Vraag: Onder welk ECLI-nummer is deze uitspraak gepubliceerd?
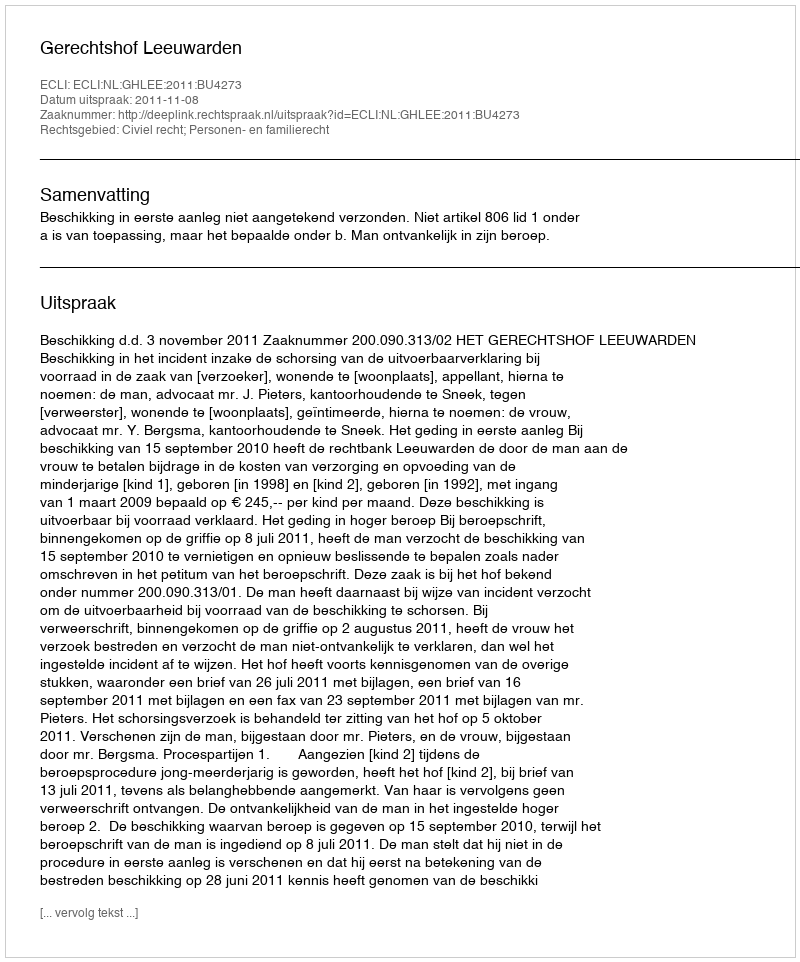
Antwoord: ECLI:NL:GHLEE:2011:BU4273